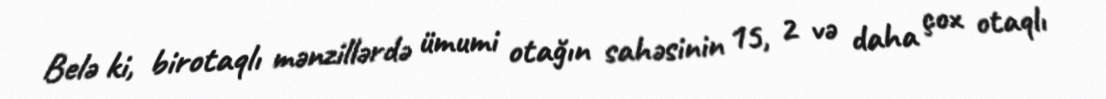
Belə ki, birotaqlı mənzillərdə ümumi otağın sahəsinin 15, 2 və daha çox otaqlı